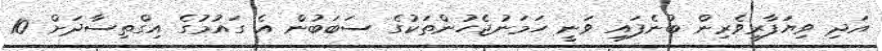
އަދި ވިޔަފާރިވެރިން ބުނެފައި ވަނީ ހަމަނުޖެހުންތަކުގެ ސަބަބުން އެ ގައުމުގެ އިގްތިސާދަށް 10